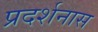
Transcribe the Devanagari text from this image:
प्रदर्शनास